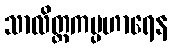
သာလိတ္တကပ္ပဟာရေန